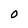
Character: O